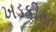
ખડકીયા